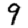
Digit: 9